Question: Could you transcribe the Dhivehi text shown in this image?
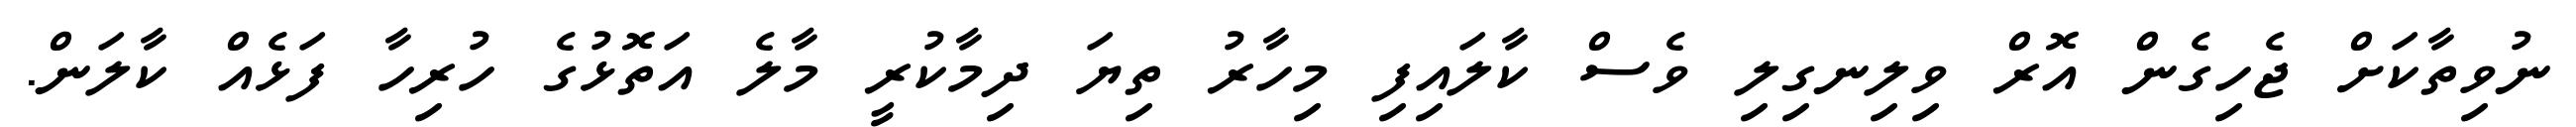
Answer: ނުވިތާކަށް ޖެހިގެން އޮރް ވިލިނގިލި ވެސް ކާލައިފި މިހާރު ތިޔަ ދިމާކުރީ މާލެ އަތޮޅުގެ ހުރިހާ ފަޅެއް ކާލަން.